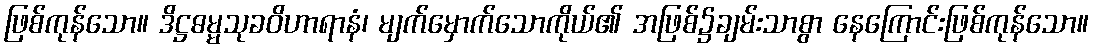
ဖြစ်ကုန်သော။ ဒိဋ္ဌဓမ္မသုခဝိဟာရာနံ၊ မျက်မှောက်သောကိုယ်၏ အဖြစ်၌ချမ်းသာစွာ နေကြောင်းဖြစ်ကုန်သော။